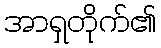
အာရှတိုက်၏